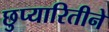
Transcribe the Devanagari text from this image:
छुप्यारितीने